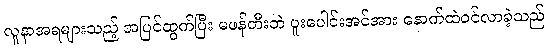
လူနာအရများသည့် အပြင်ထွက်ပြီး မဖန်တီးဘဲ ပူးပေါင်းအင်အား နောက်ထဲဝင်လာခဲ့သည်